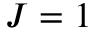
J = 1